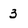
Character: 3